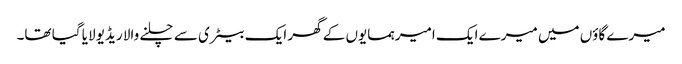
میرے گاؤں میں میرے ایک امیر ہمسایوں کے گھر ایک بیٹری سے چلنے والا ریڈیو لایا گیا تھا۔